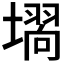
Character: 𭏵